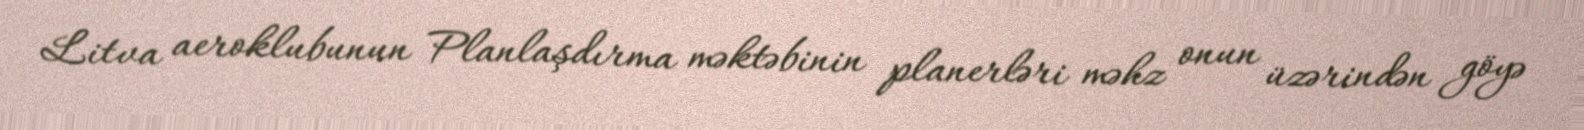
Litva aeroklubunun Planlaşdırma məktəbinin planerləri məhz onun üzərindən göyə